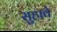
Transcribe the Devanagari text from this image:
सुहावे